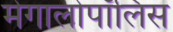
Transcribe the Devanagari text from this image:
मेगालोपॉलिस